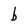
Character: b